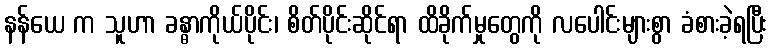
နန်ယေ က သူဟာ ခန္ဓာကိုယ်ပိုင်း၊ စိတ်ပိုင်းဆိုင်ရာ ထိခိုက်မှုတွေကို လပေါင်းများစွာ ခံစားခဲ့ရပြီး